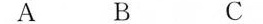
A B C